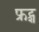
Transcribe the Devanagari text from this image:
फ्रट्श